Indian journal of veterinary science and animal husbandry - Volume 8,
Year: 1938
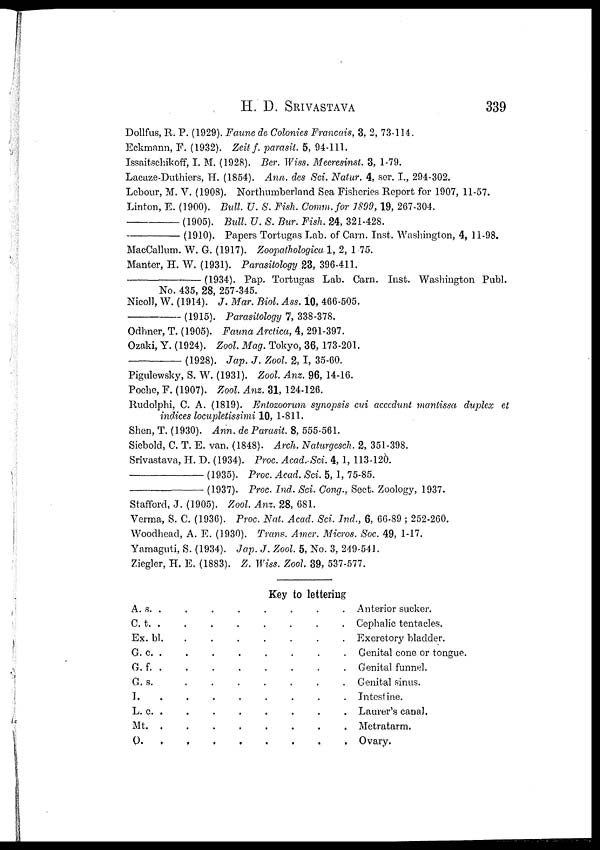
H. D.
SRIVASTAVA
339
Dollfus, R. P. (1929). Faune de Colonies Francais, 3, 2, 73-114.
Eckmann, F. (1932). Zeitf. parasit. 5, 94-111.
Issaitschikoff, I. M. (1928). Ber. Wiss. Meeresinst. 3, 1-79.
Lacaze-Duthiers, H. (1854). Ann. des Sci. Natur. 4, ser. I., 294-302.
Lebour, M. V. (1908). Northumberland Sea Fisheries Report for 1907, 11-57.
Linton, E. (1900). Bull. U. S. Fish. Comm.for 1899,19, 267-304.
—(1905).
Bull. U. S. Bur. Fish. 24, 321-428.
—(1910).
Papers Tortugas Lab. of Carn. Inst. Washington, 4, 11-98.
MacCallum. W. G. (1917). Zoopathologicu, 1, 2, 1 .75.
Manter, H. W. (1931). Parasitology 23, 396-411.
—(1934).
Pap. Tortugas Lab. Carn. Inst. Washington Publ.
No. 435, 28, 257-345.
Nicoll, W. (1914). J. Mar. Biol. Ass. 10, 466-505.
—(1915).
Parasitology 7, 338-378.
Odhner, T. (1905). Fauna Arctica, 4, 291-397.
Ozaki, Y. (1924). Zool. Mag. Tokyo, 36, 173-201.
—(1928).
Jap. J. Zool. 2,I, 35-60.
Pigulewsky, S. W. (1931). Zool. Anz. 96, 14-16.
Poche, F. (1907). Zool. Anz. 31, 124-126.
Rndolphi, C. A. (1819). Entozoorum synopsis cui acccdunt mantissa duplex et
indices locupletissimi 10, 1-811.
Shen, T. (1930). Ann. de Parasit. 8, 555-561.
Siebold, C. T. E. van. (1848). Arch. Naturgesch. 2, 351.-398.
Srivastava, H. D. (1934). Proc. Acad.-Sci. 4, 1, 113-120.
—(1935).
Proc. Acad. Sci. 5, 1, 75-85.
—(1937).
Proc. Ind. Sci. Cong., Sect. Zoology, 1937.
Stafford, J. (1905). Zool. Anz. 28, 681.
Verma, S. C. (1936). Proc. Nat. Acad. Sci. Ind., 6, 66-89 ; 252-260.
Woodhead, A. E. (1930). Trans. Amer. Micros. Soc. 49, 1-17.
Yamaguti, S. (1934). Jap. J. Zool. 5, No. 3, 249-541.
Ziegler, H. E. (1883). Z. Wiss. Zool, 39, 537-577.
Key to lettering
A. s. . . . . . . . .
C. t. . . . . . . . .
Ex. bl. . . . . . . . .
G. c. . . . . . . . .
G. f. . . . . . . . .
G. s. . . . . . . . .
I. . . . . . . . .
L. c. . . . . . . . .
Mt. . . . . . . . .
O. . . . . . . . .
Anterior sucker.
Cephalic tentacles.
Excretory bladder.
Genital cone or tongue.
Genital funnel.
Genital sinus.
Intestine.
Laurer's canal.
Metratarm.
Ovary.